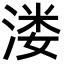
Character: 溇